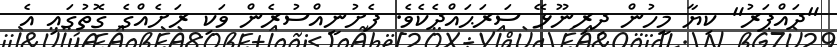
"ދައްޕަރު" ކިޔާ މީހުން ދިރިނޫޅޭ ސަަރަޙައްދެކެވެ. ފެށުނީއްސުރެން ވަކި ރަށެއްގެ ގޮތުގައި އެ